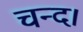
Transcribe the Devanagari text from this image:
चन्‍द।